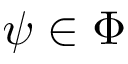
\psi \in \Phi